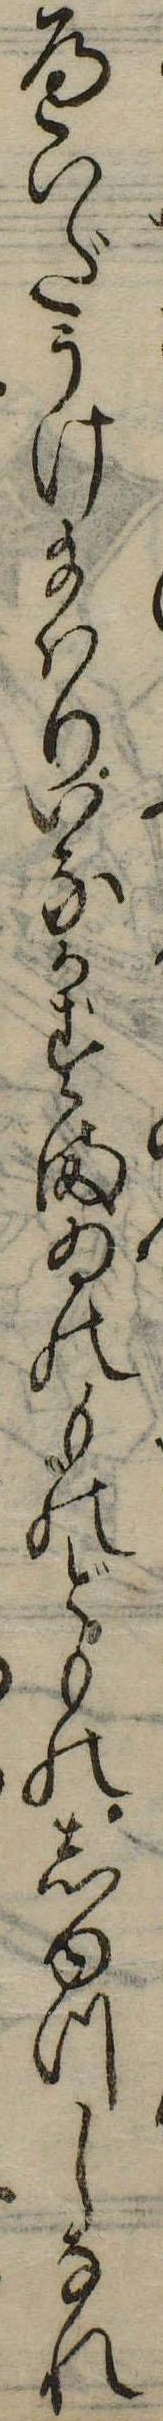
へいだうけ給はりいなかすまゐのものどものしゆつしなれ